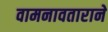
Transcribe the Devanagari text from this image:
वामनावताराने